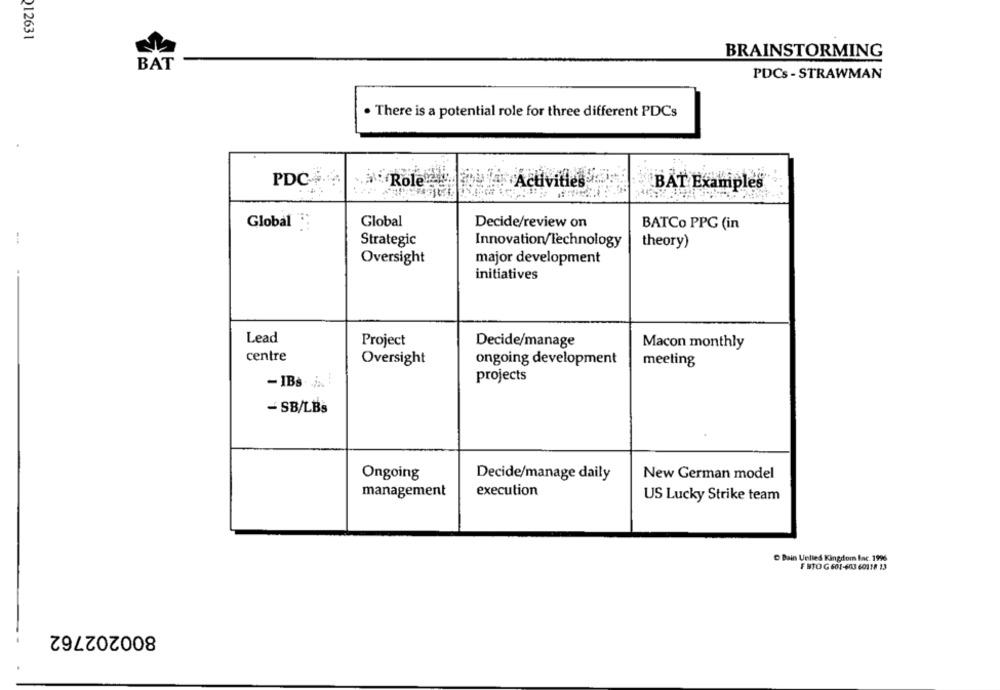
212631
BRAINSTORMING
BAT
PDCs - STRAWMAN
. There is a potential role for three different PDCs
PDC-
. Role oui Activities
BAT Examples
Global :
Global
Decide/review on
BATCo PPG (in
Strategic
Innovation/Technology
theory)
Oversight
major development
initiatives
Lead
Project
Decide/manage
Macon monthly
centre
Oversight
ongoing development
meeting
projects
- IBs. i. :
- SB/LBs
Ongoing
Decide/manage daily
New German model
management
execution
US Lucky Strike team
Bain United Kingdom Inc. 1996
FBTO G 601-603 60118 13
800202762